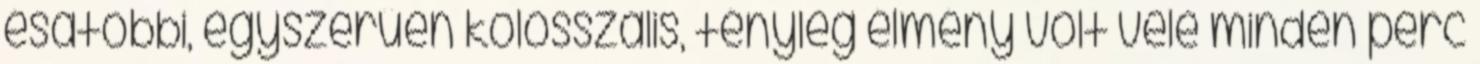
ésatöbbi, egyszerűen kolosszális, tényleg élmény volt vele minden perc